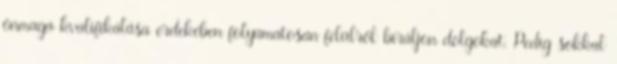
önmaga kvalifikálása érdekében folyamatosan felülről bíráljon dolgokat. Pedig sokkal